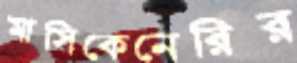
মাসিকেনেরির